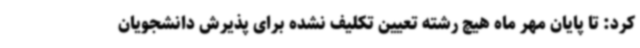
کرد: تا پایان مهر ماه هیچ رشته تعیین تکلیف نشده برای پذیرش دانشجویان